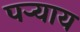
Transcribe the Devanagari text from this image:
पऱ्याय